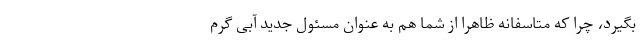
بگیرد، چرا که متاسفانه ظاهرا از شما هم به عنوان مسئول جدید آبی گرم